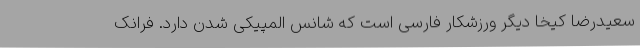
سعیدرضا کیخا دیگر ورزشکار فارسی است که شانس المپیکی شدن دارد. فرانک